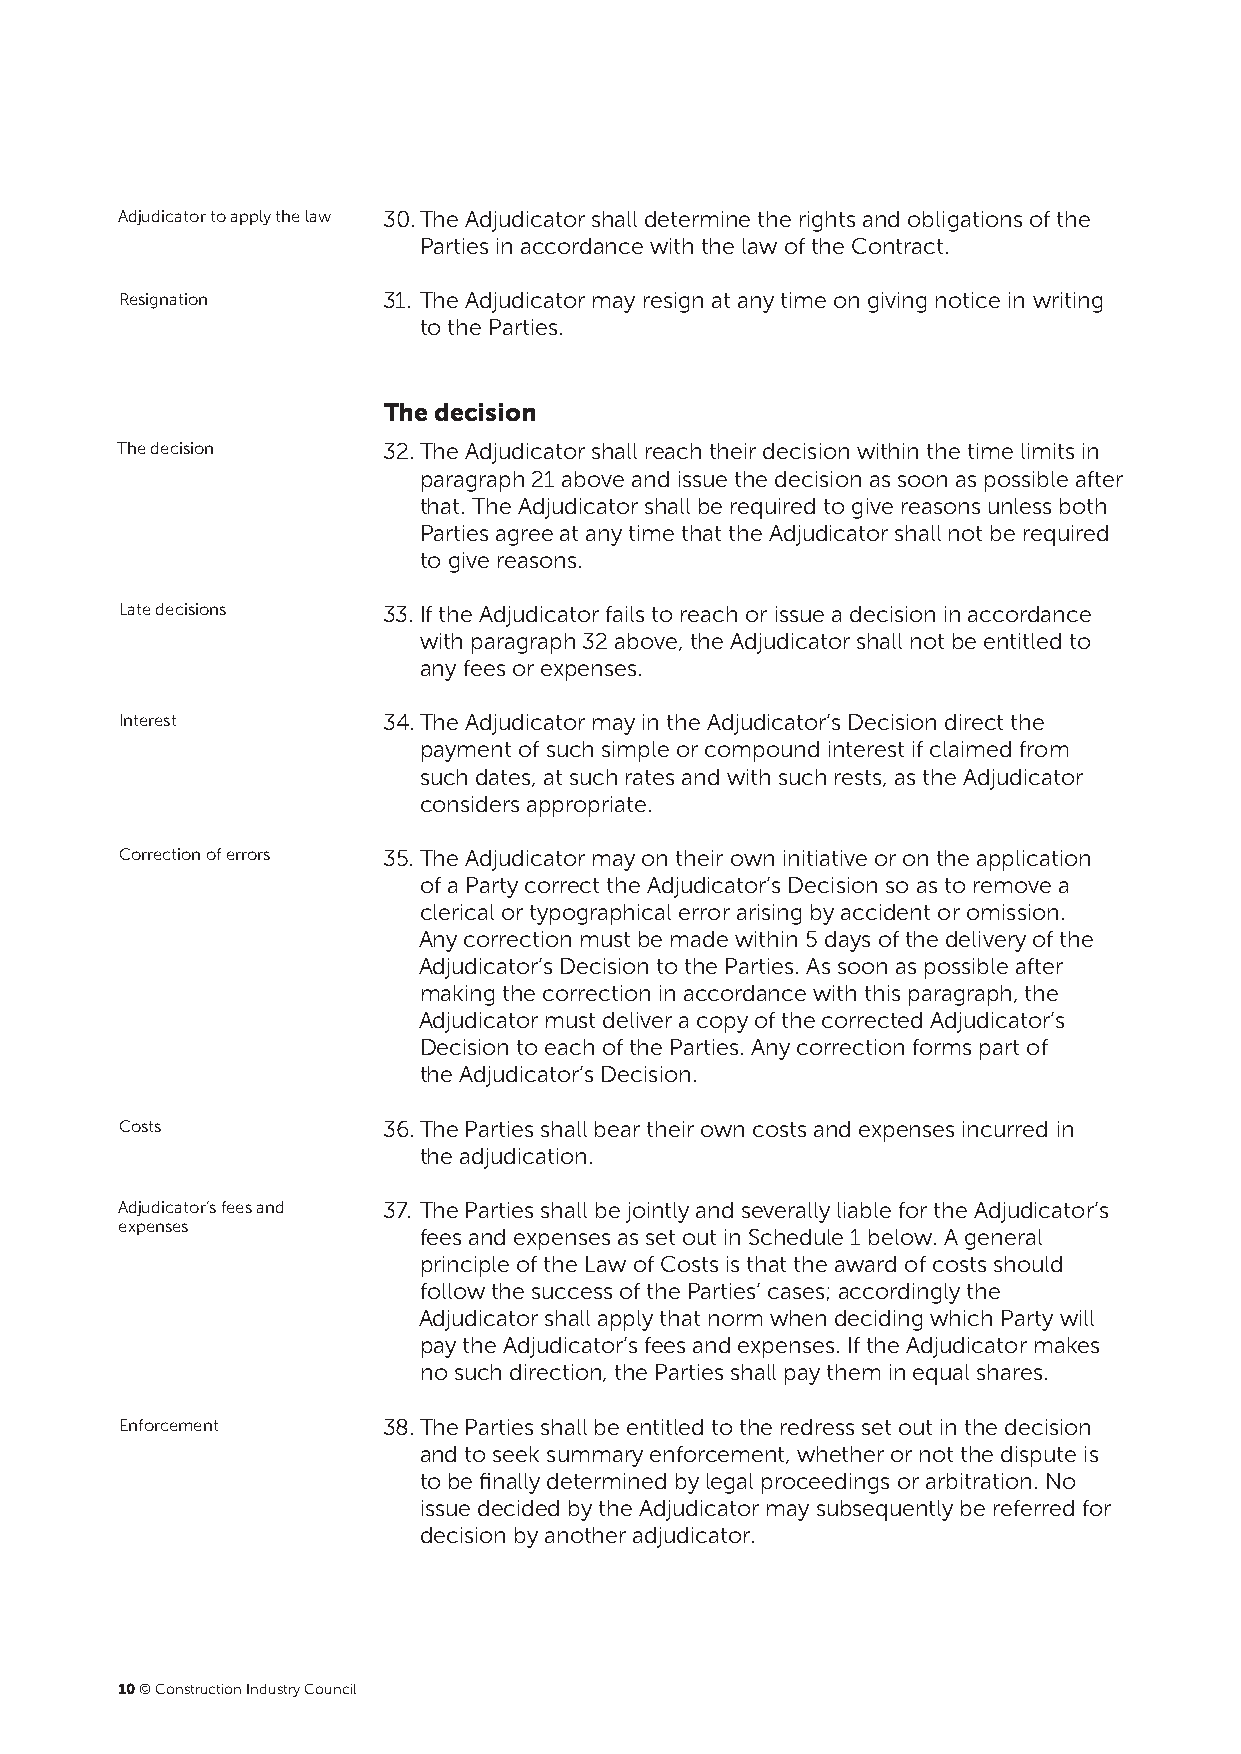
Adjudicator to apply the law 30. T he Adjudicator shall determine the rights and obligations of the
 Parties in accordance with the law of the Contract.
 Resignation      31. T he Adjudicator may resign at any time on giving notice in writing
 to the Parties.
 The decision
 The decision     32. T he Adjudicator shall reach their decision within the time limits in
 paragraph 21 above and issue the decision as soon as possible after
 that. The Adjudicator shall be required to give reasons unless both
 Parties agree at any time that the Adjudicator shall not be required
 to give reasons.
 Late decisions   33. I f the Adjudicator fails to reach or issue a decision in accordance
 with paragraph 32 above, the Adjudicator shall not be entitled to
 any fees or expenses.
 Interest         34. T he Adjudicator may in the Adjudicator’s Decision direct the
 payment of such simple or compound interest if claimed from
 such dates, at such rates and with such rests, as the Adjudicator
 considers appropriate.
 Correction of errors 35. T he Adjudicator may on their own initiative or on the application
 of a Party correct the Adjudicator’s Decision so as to remove a
 clerical or typographical error arising by accident or omission.
 Any correction must be made within 5 days of the delivery of the
 Adjudicator’s Decision to the Parties. As soon as possible after
 making the correction in accordance with this paragraph, the
 Adjudicator must deliver a copy of the corrected Adjudicator’s
 Decision to each of the Parties. Any correction forms part of
 the Adjudicator’s Decision.
 Costs            36. T he Parties shall bear their own costs and expenses incurred in
 the adjudication.
 Adjudicator’s fees and 37. T he Parties shall be jointly and severally liable for the Adjudicator’s
 expenses
 fees and expenses as set out in Schedule 1 below. A general
 principle of the Law of Costs is that the award of costs should
 follow the success of the Parties’ cases; accordingly the
 Adjudicator shall apply that norm when deciding which Party will
 pay the Adjudicator’s fees and expenses. If the Adjudicator makes
 no such direction, the Parties shall pay them in equal shares.
 Enforcement      38. T he Parties shall be entitled to the redress set out in the decision
 and to seek summary enforcement, whether or not the dispute is
 to be finally determined by legal proceedings or arbitration. No
 issue decided by the Adjudicator may subsequently be referred for
 decision by another adjudicator.
 10 © Construction Industry Council